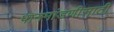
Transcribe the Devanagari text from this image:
पानमांडणीसाठी